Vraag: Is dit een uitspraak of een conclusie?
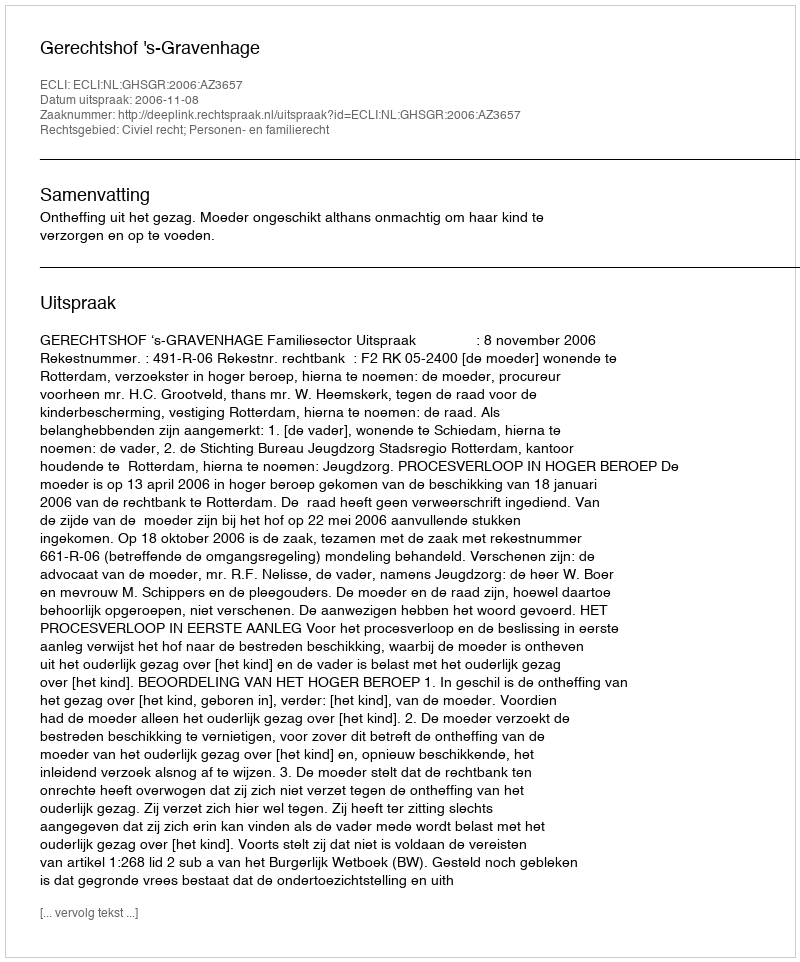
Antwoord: Uitspraak